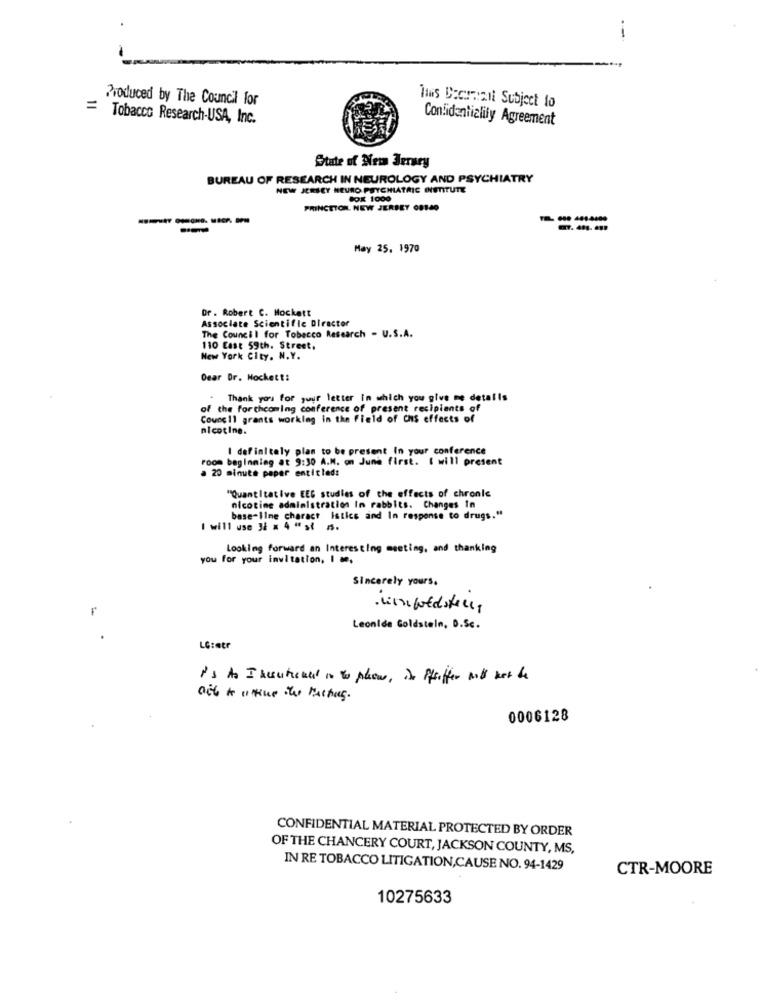
Produced by The Council for
Tous Decrmail Subject to
= Tobacco Research-USA, Inc.
Confidentiality Agreement
State of New Jersey
BUREAU OF RESEARCH IN NEUROLOGY AND PSYCHIATRY
NEW JERSEY NEURO PSYCHIATRIC INSTITUTE
COx 1000
PRINCETON, NEW JERSEY 08140
-------
May 25. 1970
Dr. Robert C. Mockett
Associate Scientific Director
The Council for Tobacco Research - U.S.A.
110 East 59th. Street.
New York City. N.Y.
Dear Dr. Nochett:
Thank you for your letter in which you give me details
of the forthcoming conference of present recipients of
Counc 11 grants working in the field of Chis effects of
nicotine.
I definitely plan to be present In your conference
room beginning at 9:30 A.M. on June first. I will present
. 20 minute paper entitled:
"Quantitative EEG studies of the effects of chronic
nicotine administration In rabbits. Changes In
base-Ilme charact istics and In response to drugs."
I will use 34 x 4 " st n.
Looking forward an Interesting meeting, and thanking
you for your invitation, I m.
Sincerely yours.
Leonide Goldstein, D.Sc.
LG:etr
Is As I heutemed in to plow, De Pfeiffer will not be
oit & uthus the Machine.
0006128
CONFIDENTIAL MATERIAL PROTECTED BY ORDER
OF THE CHANCERY COURT, JACKSON COUNTY, MS,
IN RE TOBACCO LITIGATION,CAUSE NO. 94-1429
CTR-MOORE
10275633